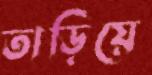
তাড়িয়ে